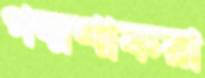
পদ্মশাকরা